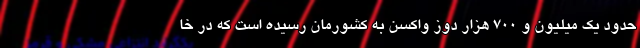
حدود یک میلیون و ۷۰۰ هزار دوز واکسن به کشورمان رسیده است که در خا